Plague in India, 1896, 1897 - Volume 3
Year: 1896
Disease focus: Plague
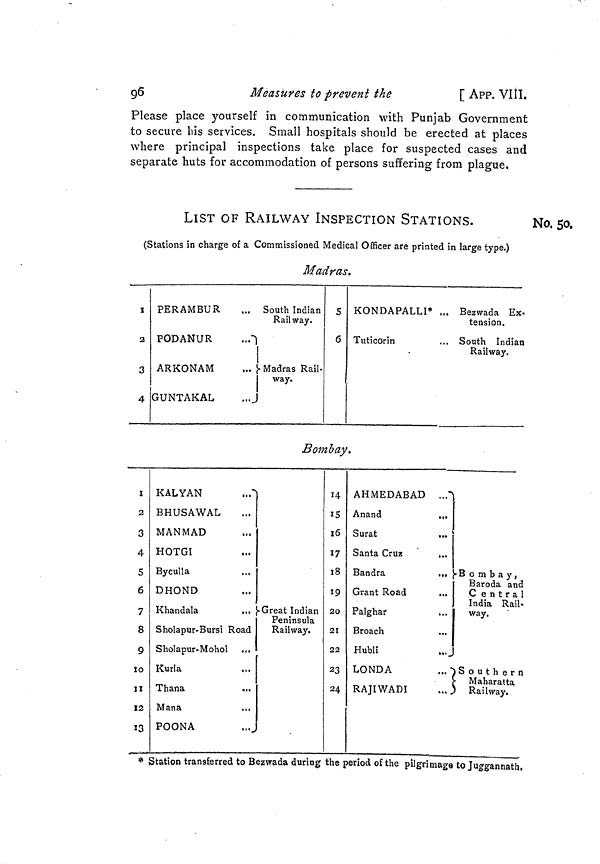
96
Measures to prevent the
[ APP. VIII.
Please place yourself in communication with Punjab Government
to secure bis services. Small hospitals should be erected at places
where principal inspections take place for suspected cases and
separate huts for accommodation of persons suffering from plague.
No. 50.
LIST OF RAILWAY INSPECTION STATIONS.
(Stations in charge of a Commissioned Medical Officer are printed in large type.)
Madras.
I
3
3
4
PERAMBUR
PODANUR
...
ARKONAM
GUNTAKAL
South Indian
Railway.
- Madras Rail-
way.
S
6
KONDAPALLI* „.
Tuticorin
Bezwada Ex-
tension.
South Indian
Railway.
Bombay.
1
2
3
4
S
6
7
8
9
10
11
12
13
KALYAN
BHUSAWAL
MANMAD
HOTGI
Byculla
DHOND
Khandala
Sholapur-Bursi Road
Sholapur-Mohol
Kurla
Thana
Mana
• Great Indian
Peninsula
Railway.
POONA
14
15
16
17
18
19
20
21
22
23
24
AHMEDABAD ..."
Anand
....
Surat
Santa Cruz
,..
Bandra
...
Grant Road
Palghar
Broach
Hubli
LONDA
RAJIWADI
Bombay,
Baroda and
C entral
India Rail-
way.
Southern
Maharatta
Railway.
* Station transferred to Bezwada during the period of the pilgrimage to Juggannath.